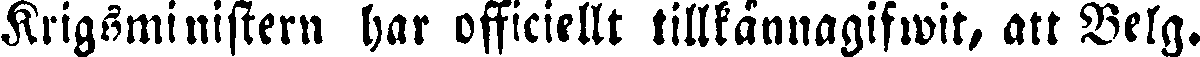
Krigsministern har officiellt tillkännagifwit, att Belg.